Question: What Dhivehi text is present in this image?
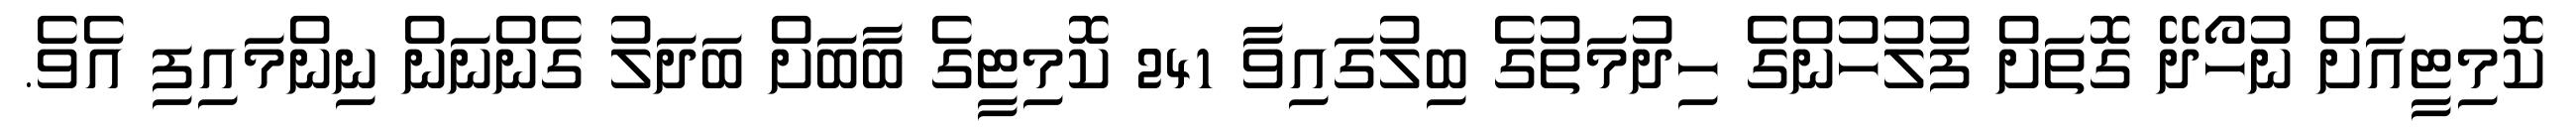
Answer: ކޮމިޓީއަށް ނުހޯދޭ ގޮތަށް ފުލުހުންގެ ހިދުމަތުގެ ބިލުގައިވާ 241 ކޮމިޓީގެ ބާބަށް ބަދަލު ގެންނަން ނިންމައިފި އެވެ.